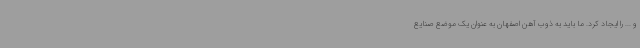
و ... را ایجاد کرد. ما باید به ذوب آهن اصفهان به عنوان یک موضع صنایع